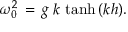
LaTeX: \omega _ { 0 } ^ { 2 } \, = \, g \, k \, \operatorname { t a n h } \, ( k h ) .